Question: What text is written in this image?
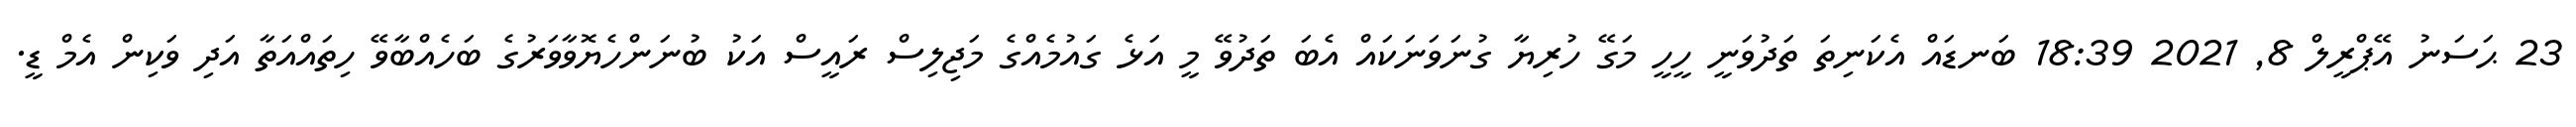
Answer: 23 ޙަސަނު އޭޕްރީލް 8, 2021 18:39 ބަނޑައް އެކަނިތަ ތަދުވަނީ ހީހީ މަގޭ ހުރިޔާ ގުނަވަނަކައް އެބަ ތަދުވޭ މީ އަޅެ ގައުމެއްގެ މަޖިލިސް ރައީސް އަކު ބުނަންހެޔޮވާވަރުގެ ބަހެއްބާވޭ ހިތައްއަތާ އަދި ވަކިން އެމް ޑީ.